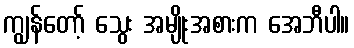
ကျွန်တော့် သွေး အမျိုးအစားက အေဘီပါ။